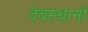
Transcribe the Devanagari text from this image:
देवस्‍थानों